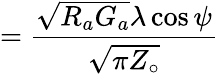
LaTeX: =\displaystyle{\frac{{\sqrt{R_{a}G_{a}}}\lambda\cos\psi}{\sqrt{\pi Z_{\circ}}}}